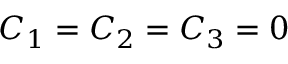
C _ { 1 } = C _ { 2 } = C _ { 3 } = 0